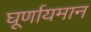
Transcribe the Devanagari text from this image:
घूर्णायमान